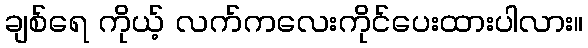
ချစ်ရေ ကိုယ့် လက်ကလေးကိုင်ပေးထားပါလား။